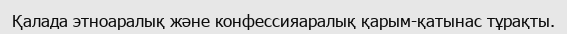
Қалада этноаралық және конфессияаралық қарым-қатынас тұрақты.